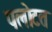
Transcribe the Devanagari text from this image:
पलोटत